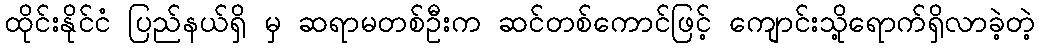
ထိုင်းနိုင်ငံ ပြည်နယ်ရှိ မှ ဆရာမတစ်ဦးက ဆင်တစ်ကောင်ဖြင့် ကျောင်းသို့ရောက်ရှိလာခဲ့တဲ့